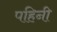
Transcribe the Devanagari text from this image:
पहिनी